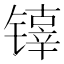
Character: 𰾵